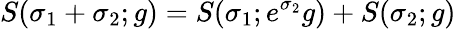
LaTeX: S(\sigma_{1}+\sigma_{2};g)=S(\sigma_{1};e^{\sigma_{2}}g)+S(\sigma_{2};g)